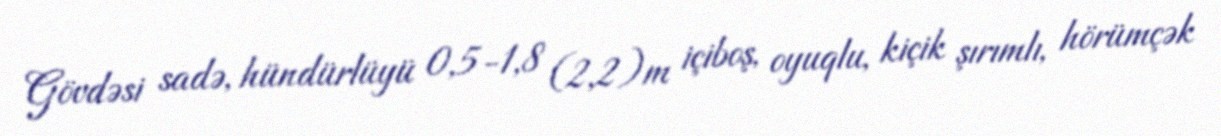
Gövdəsi sadə, hündürlüyü 0,5-1,8 (2,2)m içiboş, oyuqlu, kiçik şırımlı, hörümçək